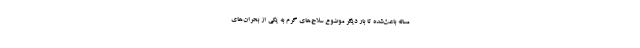
مساله باعث‌شده تا بار دیگر موضوع سلاح‌های گرم به یکی از بحران‌های